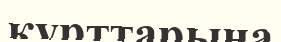
құрттарына